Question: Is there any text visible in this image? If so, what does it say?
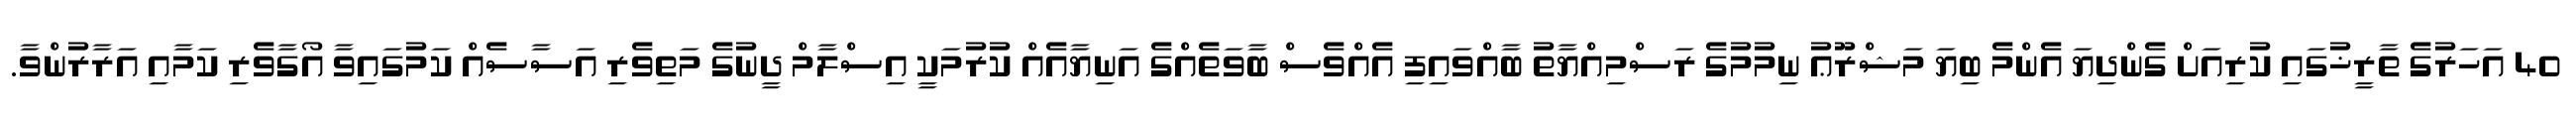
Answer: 40 އަހަރުގެ ތާރީޚުގައި ކުރިއަށް ގެންދިޔަ އެންމެ ބިޔަ މަޝްރޫޢު ނިމުމުގެ ރަސްމިއްޔާތު ބާއްވައިފި އެއްވެސް ބާވަތެއްގެ އަނިޔާއެއް ކުރުމަކީ އިސްލާމް ދީނުގެ މަތިވެރި އަސާސެއް ކަމުގައިވާ އޯގާވެރި ކަމާއި އަރާރުންވާ.